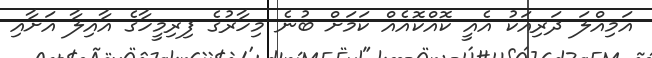
އަމިއްލަ ދަރިއަކު އެއީ ކޮއްކޮއެއް ކަމަށް ބުނެ މިހާރުގެ ފިރިމީހާގެ އާއިލާ އަށާއި